Annual report on the working of the Harcourt Butler Institute of Public Health, Rangoon
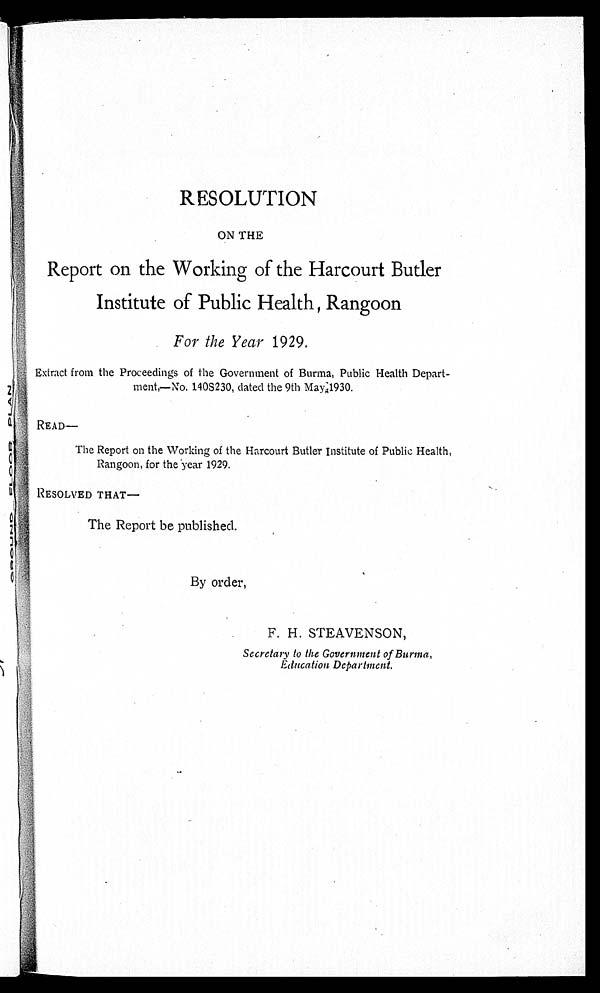
RESOLUTION
ON THE
Report on the Working of the Harcourt Butler
Institute of Public Health, Rangoon
For the Year 1929.
Extract from the Proceedings of the Government of Burma, Public Health Depart-
ment,—No. 140S230, dated the 9th May, 1930.
READ–
The Report on the Working of the Harcourt Butler Institute of Public Health,
Rangoon, for the year 1929.
RESOLVED THAT—
The Report be published.
By order,
F. H. STEAVENSON,
Secretary to the Government of Burma,
Education Department.